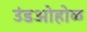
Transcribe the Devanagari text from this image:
उंडओहोळ